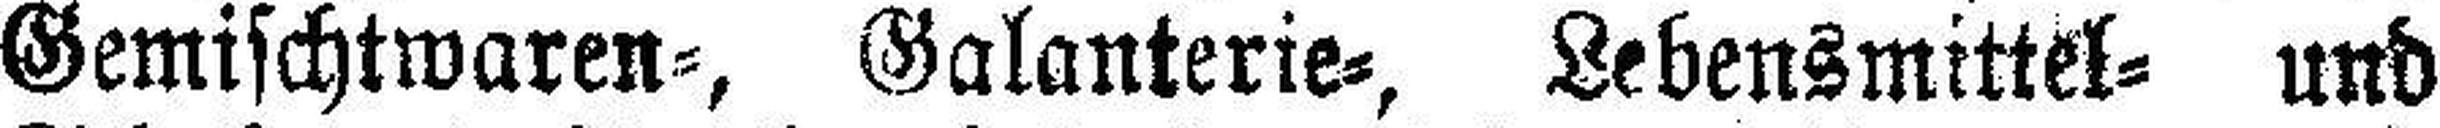
Gemischtwaren=, Galanterie=, Lebensmittel= und